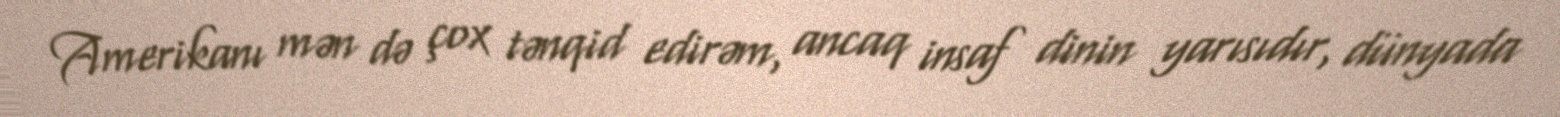
Amerikanı mən də çox tənqid edirəm, ancaq insaf dinin yarısıdır, dünyada